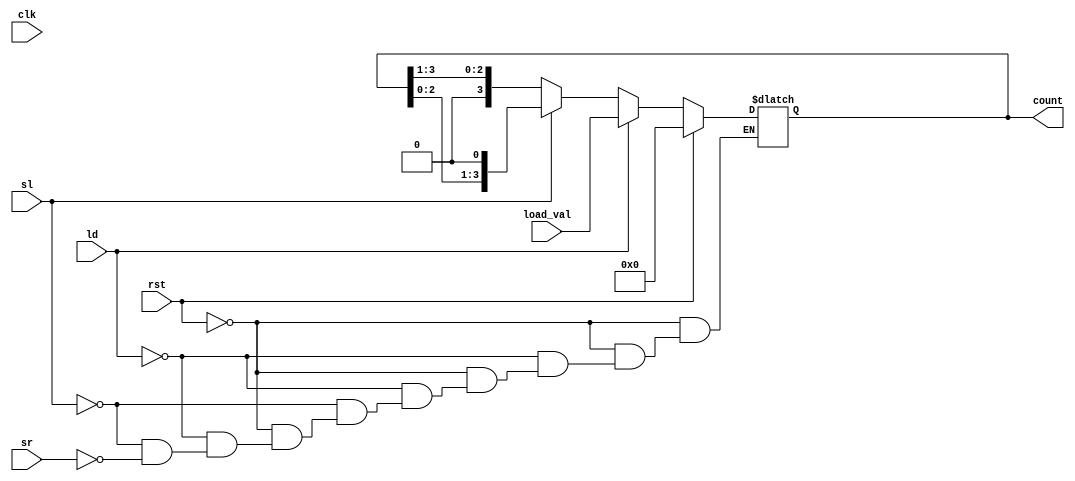
module async_shift_counter (
    input wire clk,          // Clock signal (for synchronous operations)
    input wire rst,          // Reset signal
    input wire ld,           // Load signal
    input wire sl,           // Shift Left signal
    input wire sr,           // Shift Right signal
    input wire [3:0] load_val, // Input value to load
    output reg [3:0] count   // 4-bit output for the current count
);

    // Asynchronous Reset
    always @(*) begin
        if (rst) begin
            count = 4'b0000;   // Reset count to 0
        end else if (ld) begin
            count = load_val;   // Load preset value
        end else if (sl) begin
            count = {count[2:0], 1'b0}; // Shift left, LSB filled with 0
        end else if (sr) begin
            count = {1'b0, count[3:1]}; // Shift right, MSB filled with 0
        end
    end
endmodule